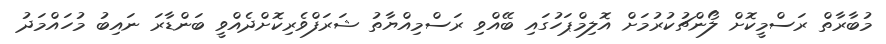
މުބާރާތް ރަސްމީކޮށް ލޯންޗުކުރުމަށް އޮލިމްޕަހުގައި ބޭއްވި ރަސްމިއްޔާތު ޝަރަފްވެރިކޮށްދެއްވީ ބަންޑާރަ ނައިބު މުހައްމަދު